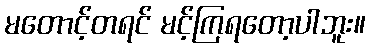
မတောင့်တရင် မင့်ကြရတော့ပါဘူး။